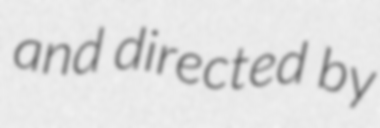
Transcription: and directed by